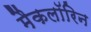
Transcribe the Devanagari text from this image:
मैकलॉरिन